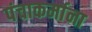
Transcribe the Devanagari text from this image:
पंचाकर्माना